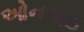
ઓનલાઇ